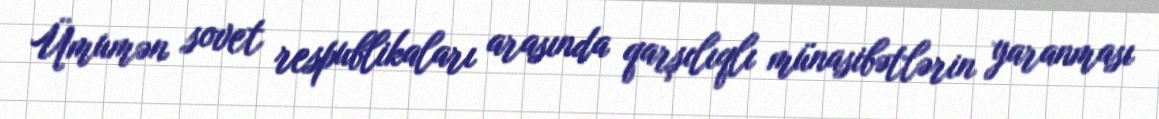
Ümumən sovet respublikaları arasında qarşılıqlı münasibətlərin yaranması